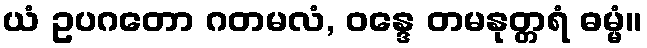
ယံ ဥပဂတော ဂတမလံ, ဝန္ဒေ တမနုတ္တရံ ဓမ္မံ။